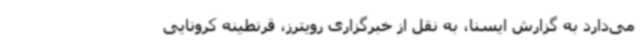
می‌دارد به گزارش ایسنا، به نقل از خبرگزاری رویترز، قرنطینه کرونایی